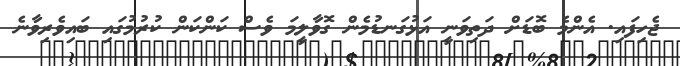
ޖެހިފައި. އެންމެ ބޮޑަށް ދަތިވަނީ އަޅުގަނޑުމެން ގޮވާލީމަ ވެސް ކަންކަން ކުރުމުގައި ބައިވެރިވާނެ